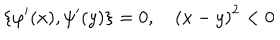
LaTeX: \left\{ \varphi ^ { \prime } ( x ) , \psi ^ { \prime } ( y ) \right\} = 0 , \quad \left( x - y \right) ^ { 2 } < 0